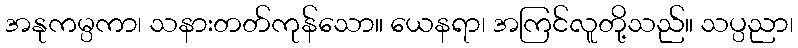
အနုကမ္ပကာ၊ သနားတတ်ကုန်သော။ ယေနရာ၊ အကြင်လူတို့သည်။ သပ္ပညာ၊